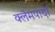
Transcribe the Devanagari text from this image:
क्लेमपादों